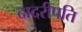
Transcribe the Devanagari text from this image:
दादरीपति